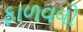
ફાળવવો